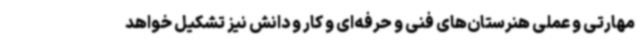
مهارتی و عملی هنرستان‌های فنی و حرفه‌ای و کار و دانش نیز تشکیل خواهد